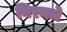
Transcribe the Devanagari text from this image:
निरमले